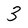
Character: 3